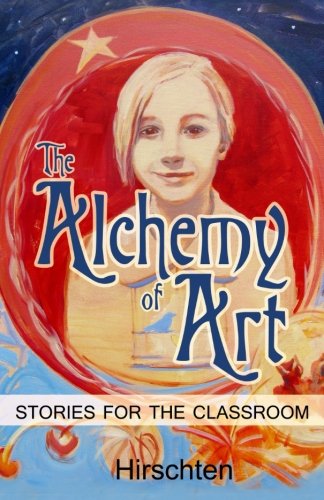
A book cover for The Alchemy of Art: Stories for the Classroom; Addie Hirschten; Arts & Photography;